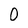
Character: 0